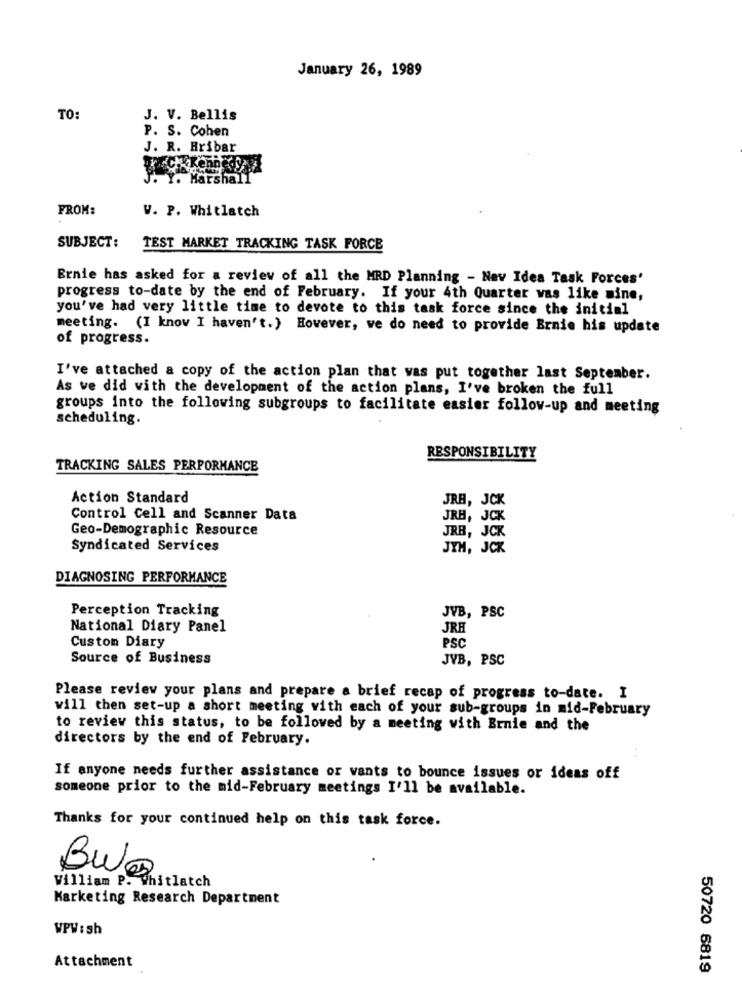
January 26, 1989
TO:
J. V. Bellis
P. S. Cohen
J. R. Rribar
Y. Marshall
FROM:
W. P. Whitlatch
SUBJECT:
TEST MARKET TRACKING TASK FORCE
Ernie has asked for a review of all the MRD Planning - Nev Idea Task Forces'
progress to-date by the end of February. If your 4th Quarter was like mine,
you've had very little time to devote to this task force since the initial
meeting. (I know I haven't.) However, we do need to provide Ernie his update
of progress.
I've attached a copy of the action plan that was put together last September.
As we did with the development of the action plans, I've broken the full
groups into the following subgroups to facilitate easier follow-up and meeting
scheduling.
RESPONSIBILITY
TRACKING SALES PERFORMANCE
Action Standard
JRH, JCK
Control Cell and Scanner Data
JRH, JCK
Geo-Demographic Resource
JRB, JCK
Syndicated Services
JYH, JCK
DIAGNOSING PERFORMANCE
Perception Tracking
JVB, PSC
National Diary Panel
JRH
Custom Diary
PSC
Source of Business
JVB, PSC
Please review your plans and prepare a brief recap of progress to-date. I
will then set-up a short meeting with each of your sub-groups in mid-February
to review this status, to be followed by a meeting with Ernie and the
directors by the end of February.
If anyone needs further assistance or wants to bounce issues or ideas off
someone prior to the mid-February meetings I'll be available.
Thanks for your continued help on this task force.
Bulo
William P. Whitlatch
Marketing Research Department
WPW : sh
Attachment
50720 6819